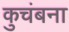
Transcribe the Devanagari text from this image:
कुचंबना